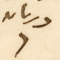
دريان